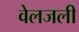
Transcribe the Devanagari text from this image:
वेलजली